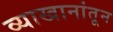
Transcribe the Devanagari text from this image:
व्याखानांतून